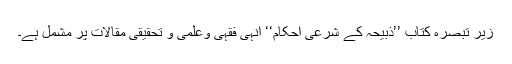
زیر تبصرہ کتاب ’’ذبیحہ کے شرعی احکام‘‘ انہی فقہی وعلمی و تحقیقی مقالات پر مشمل ہے۔